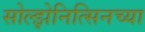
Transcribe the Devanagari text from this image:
सोल्झेनित्सिनच्या